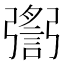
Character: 𢐬